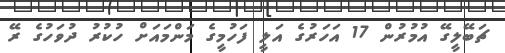
ޗަބޭލީގޭ އުމުރުން 17 އަހަރުގެ އަލީ ފަހުމީގެ މަންމައަށް ހުކުރު ދުވަހުގެ ރޭ